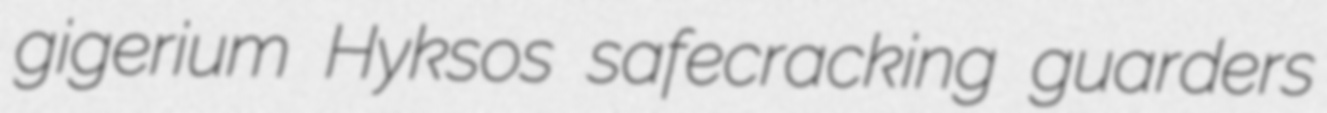
gigerium Hyksos safecracking guarders